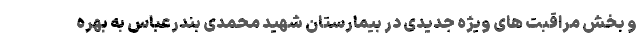
و بخش مراقبت های ویژه جدیدی در بیمارستان شهید محمدی بندرعباس به بهره